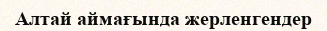
Алтай аймағында жерленгендер